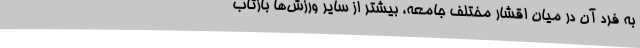
به فرد آن در میان اقشار مختلف جامعه، بیشتر از سایر ورزش‌ها بازتاب